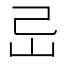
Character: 㞯